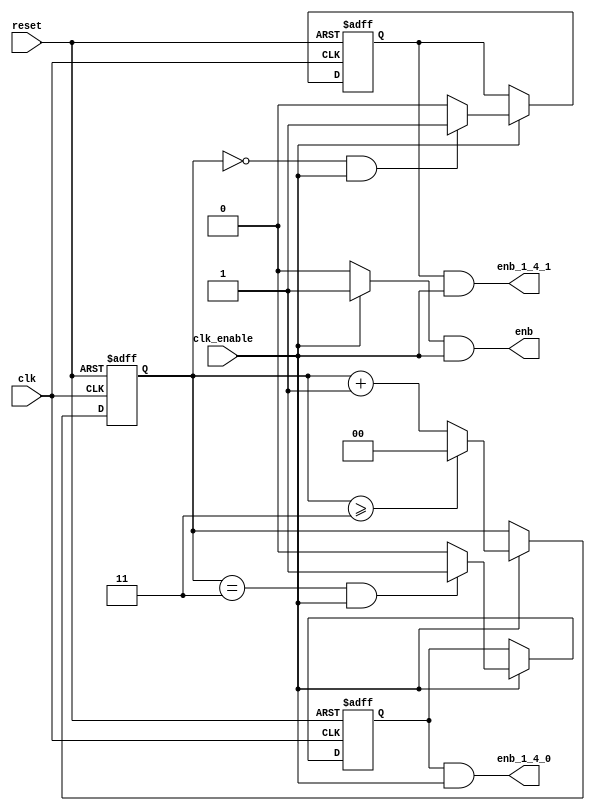
// -------------------------------------------------------------
// 
// 
// Generated by MATLAB 9.12 and HDL Coder 3.20
// 
// -------------------------------------------------------------


// -------------------------------------------------------------
// 
// Module: serial_lpf_tc
// Source Path: serial_lpf_tc
// Hierarchy Level: 1
// 
// Master clock enable input: clk_enable
// 
// enb         : identical to clk_enable
// enb_1_4_0   : 4x slower than clk with last phase
// enb_1_4_1   : 4x slower than clk with phase 1
// 
// -------------------------------------------------------------

`timescale 1 ns / 1 ns

module serial_lpf_tc
          (clk,
           reset,
           clk_enable,
           enb,
           enb_1_4_0,
           enb_1_4_1);


  input   clk;
  input   reset;
  input   clk_enable;
  output  enb;
  output  enb_1_4_0;
  output  enb_1_4_1;


  reg [1:0] count4;  // ufix2
  wire phase_all;
  reg  phase_0;
  wire phase_0_tmp;
  reg  phase_1;
  wire phase_1_tmp;


  always @ (posedge clk or posedge reset)
    begin: Counter4
      if (reset == 1'b1) begin
        count4 <= 2'b01;
      end
      else begin
        if (clk_enable == 1'b1) begin
          if (count4 >= 2'b11) begin
            count4 <= 2'b00;
          end
          else begin
            count4 <= count4 + 2'b01;
          end
        end
      end
    end // Counter4

  assign phase_all = clk_enable ? 1'b1 : 1'b0;

  always @ (posedge clk or posedge reset)
    begin: temp_process1
      if (reset == 1'b1) begin
        phase_0 <= 1'b0;
      end
      else begin
        if (clk_enable == 1'b1) begin
          phase_0 <= phase_0_tmp;
        end
      end
    end // temp_process1

  assign  phase_0_tmp = (count4 == 2'b11 && clk_enable == 1'b1) ? 1'b1 : 1'b0;

  always @ (posedge clk or posedge reset)
    begin: temp_process2
      if (reset == 1'b1) begin
        phase_1 <= 1'b1;
      end
      else begin
        if (clk_enable == 1'b1) begin
          phase_1 <= phase_1_tmp;
        end
      end
    end // temp_process2

  assign  phase_1_tmp = (count4 == 2'b00 && clk_enable == 1'b1) ? 1'b1 : 1'b0;

  assign enb =  phase_all & clk_enable;

  assign enb_1_4_0 =  phase_0 & clk_enable;

  assign enb_1_4_1 =  phase_1 & clk_enable;


endmodule  // serial_lpf_tc